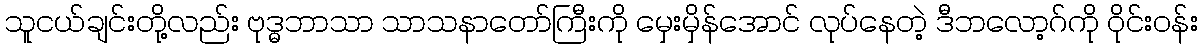
သူငယ်ချင်းတို့လည်း ဗုဒ္ဓဘာသာ သာသနာတော်ကြီးကို မှေးမှိန်အောင် လုပ်နေတဲ့ ဒီဘလော့ဂ်ကို ဝိုင်းဝန်း